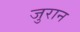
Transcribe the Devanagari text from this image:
जुरान